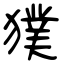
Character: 獛